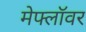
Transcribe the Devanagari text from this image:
मेफ्लॉवर